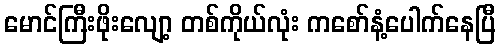
မောင်ကြီးဖိုးလျော့ တစ်ကိုယ်လုံး ကစော်နံ့ပေါက်နေပြီ